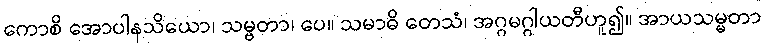
ကောစိ အောပါနသိယော၊ သမ္ဗတာ၊ ပေ။ သမာဓိ တေသံ၊ အဂ္ဂမဂ္ဂါယတီဟူ၍။ အာယသမ္မတာ